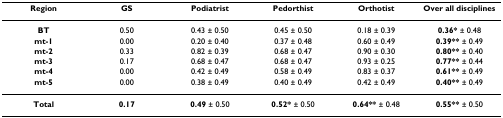
| Region | GS | Podiatrist | Pedorthist | Orthotist | Over all disciplines |
 | --- | --- | --- | --- | --- | --- |
 | BT | 0.50 | 0.43 ± 0.50 | 0.45 ± 0.50 | 0.18 ± 0.39 | 0.36* ± 0.48 |
 | mt-1 | 0.00 | 0.20 ± 0.40 | 0.37 ± 0.48 | 0.60 ± 0.49 | 0.39** ± 0.49 |
 | mt-2 | 0.33 | 0.82 ± 0.39 | 0.68 ± 0.47 | 0.90 ± 0.30 | 0.80** ± 0.40 |
 | mt-3 | 0.17 | 0.68 ± 0.47 | 0.68 ± 0.47 | 0.93 ± 0.25 | 0.77** ± 0.44 |
 | mt-4 | 0.00 | 0.42 ± 0.49 | 0.58 ± 0.49 | 0.83 ± 0.37 | 0.61** ± 0.49 |
 | mt-5 | 0.00 | 0.38 ± 0.49 | 0.40 ± 0.49 | 0.42 ± 0.49 | 0.40** ± 0.49 |
 | Total | 0.17 | 0.49 ± 0.50 | 0.52* ± 0.50 | 0.64** ± 0.48 | 0.55** ± 0.50 |